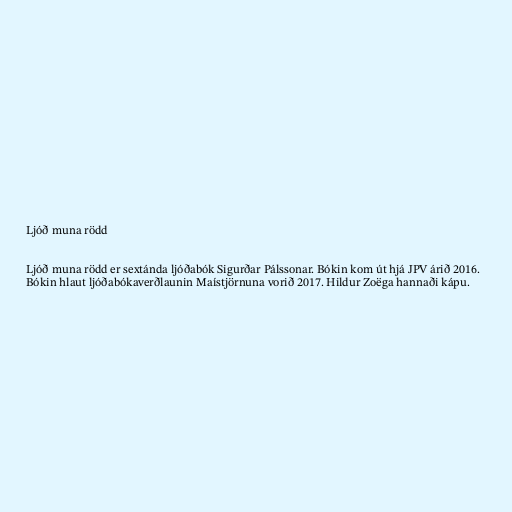
Ljóð muna rödd

Ljóð muna rödd er sextánda ljóðabók Sigurðar Pálssonar. Bókin kom út hjá JPV árið 2016.
Bókin hlaut ljóðabókaverðlaunin Maístjörnuna vorið 2017. Hildur Zoëga hannaði kápu.